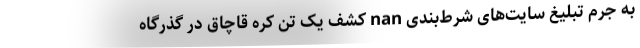
به جرم تبليغ سايت‌های شرط‌بندی nan کشف یک تُن کَره قاچاق در گذرگاه